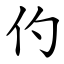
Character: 仢